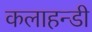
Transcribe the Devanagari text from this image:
कलाहन्डी